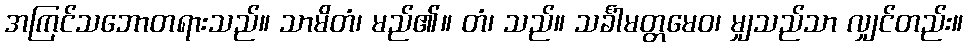
အကြင်သဘောတရားသည်။ သာမိတံ၊ မည်၏။ တံ၊ သည်။ သင်္ခါမတ္တမေဝ၊ မျှသည်သာ လျှင်တည်း။